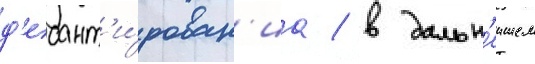
д'есант'и́рован'иа / в дальн'еишем